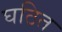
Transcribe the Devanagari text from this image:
घठित